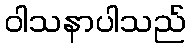
ဝါသနာပါသည်